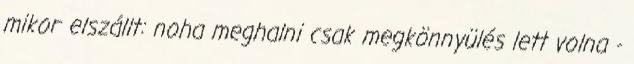
mikor elszállt: noha meghalni csak megkönnyülés lett volna -